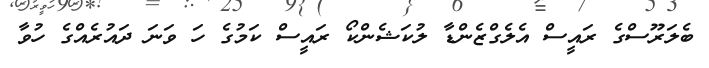
ބެލަރޫސްގެ ރައީސް އެލެގްޒެންޑާ ލުކަޝެންކޯ ރައީސް ކަމުގެ ހަ ވަނަ ދައުރެއްގެ ހުވާ